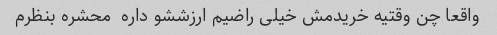
واقعا چن وقتیه خریدمش خیلی راضیم ارزششو داره  محشره بنظرم